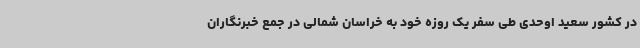
در کشور سعید اوحدی طی سفر یک روزه خود به خراسان شمالی در جمع خبرنگاران